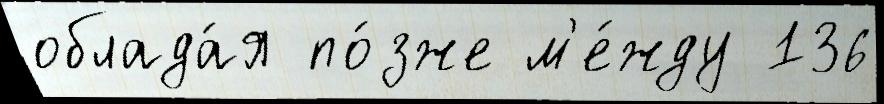
облада́я по́зже м'е́жду 136